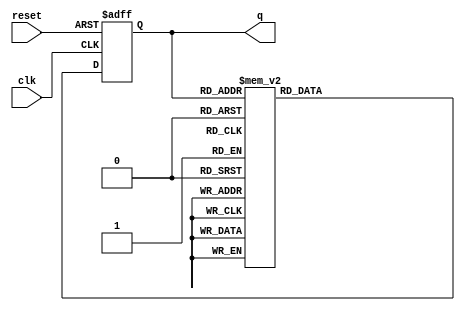
module decade_ring_counter (
    input wire clk,      // Clock input
    input wire reset,    // Reset input
    output reg [3:0] q   // 4-bit output representing the current state
);

    // Initial state
    initial begin
        q = 4'b0000; // Start at '0000'
    end

    always @(posedge clk or posedge reset) begin
        if (reset) begin
            q <= 4'b0000; // Reset to '0000'
        end else begin
            // Ring counter logic
            case (q)
                4'b0000: q <= 4'b0001;
                4'b0001: q <= 4'b0010;
                4'b0010: q <= 4'b0011;
                4'b0011: q <= 4'b0100;
                4'b0100: q <= 4'b0101;
                4'b0101: q <= 4'b0110;
                4'b0110: q <= 4'b0111;
                4'b0111: q <= 4'b1000;
                4'b1000: q <= 4'b1001;
                4'b1001: q <= 4'b0000; // Wrap around back to '0000'
                default: q <= 4'b0000; // Fallback to '0000' in case of unexpected state
            endcase
        end
    end

endmodule